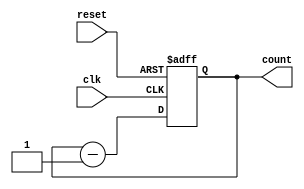
module downCounter(
    input wire clk,
    input wire reset,
    output reg [3:0] count
);

    always @(posedge clk or posedge reset) begin
        if (reset)
            count <= 4'b0000; // Reset the counter to 0 when reset is asserted
        else
            count <= count - 1; // Decrement the counter on every clock edge
    end

endmodule